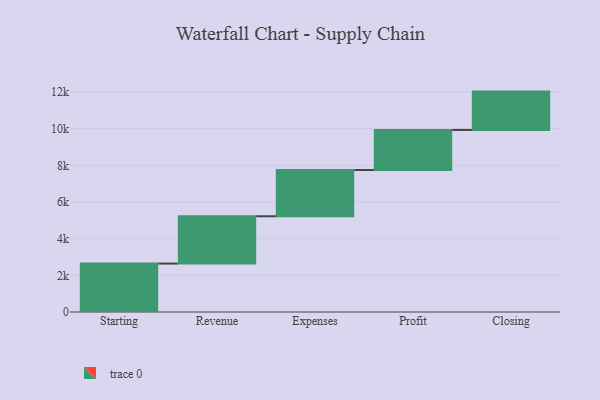
{"axis": {"x": "Step", "y": "Value"}, "legend": [""], "data": [{"x": "Starting", "y": 2640.0, "type": ""}, {"x": "Revenue", "y": 2581.0, "type": ""}, {"x": "Expenses", "y": 2521.0, "type": ""}, {"x": "Profit", "y": 2185.0, "type": ""}, {"x": "Closing", "y": 2092.0, "type": ""}]}